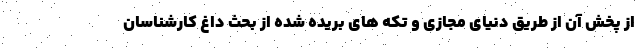
از پخش آن از طریق دنیای مجازی و تکه های بریده شده از بحث داغ کارشناسان